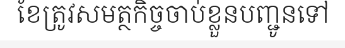
ខែត្រូវសមត្ថកិច្ចចាប់ខ្លួនបញ្ជូនទៅ